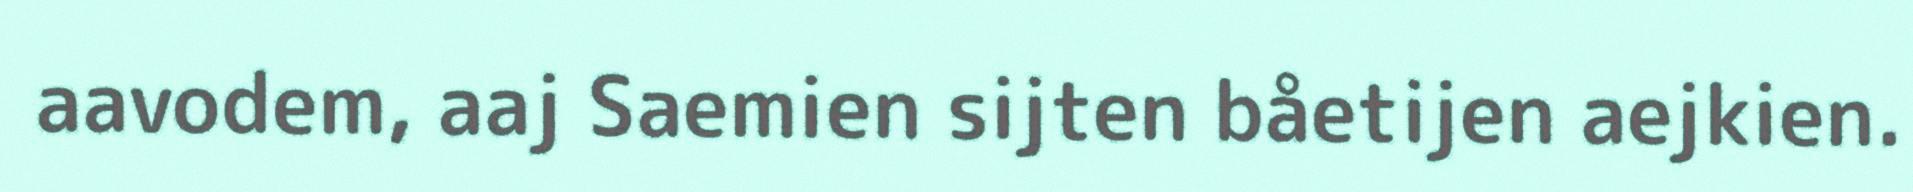
aavodem, aaj Saemien sijten båetijen aejkien.